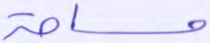
مساحة